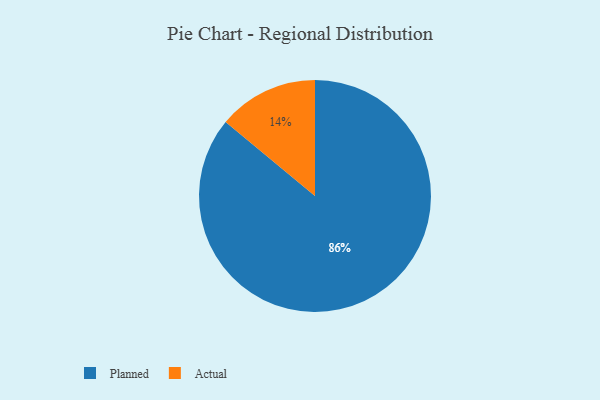
{"axis": {"x": "Category", "y": "Percentage"}, "legend": ["Actual", "Planned"], "data": [{"x": "Planned", "y": 86, "type": "Planned"}, {"x": "Actual", "y": 14, "type": "Actual"}]}